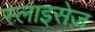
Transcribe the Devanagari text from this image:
स्लाइसेज़